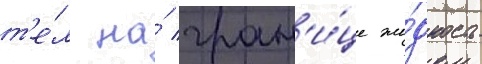
т'е́л на́ гран'и́це жи́дкость